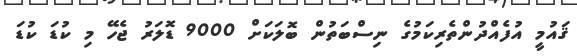
ޤައުމީ އުފެއްދުންތެރިކަމުގެ ނިސްބަތުން ބޮލަކަށް 9000 ޑޮލަރު ޖެހޭ މި ކުޑަ ކުޑަ